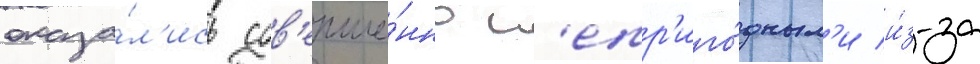
оказа́л'ись сов'ерше́нно н'епр'иго́дным'и и́з-за